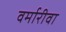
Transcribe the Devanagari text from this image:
वर्मारीवा